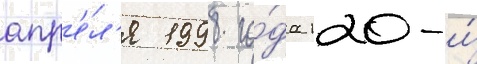
апр'е́л'я 1998 го́да 120-и́